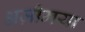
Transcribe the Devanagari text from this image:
अज़ीमया